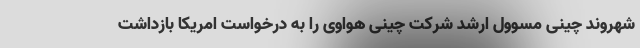
شهروند چینی مسوول ارشد شرکت چینی هواوی را به درخواست امریکا بازداشت